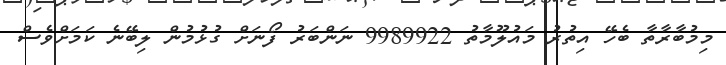
މިމުބާރާތާ ބެހޭ އިތުރު މައުލޫމާތު 9989922 ނަންބަރު ފޯނަށް ގުޅުމުން ލިބޭނެ ކަމަށްވެސް